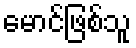
မောင်ဖြစ်သူ